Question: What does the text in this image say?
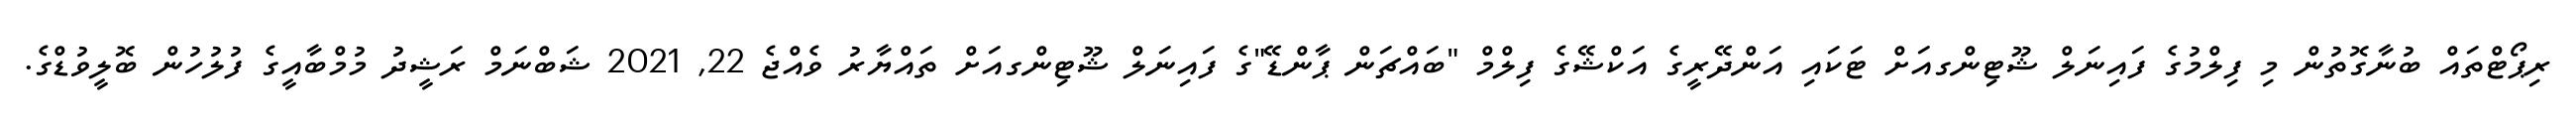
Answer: ރިޕޯޓްތައް ބުނާގޮތުން މި ފިލްމުގެ ފައިނަލް ޝޫޓިންގއަށް ޓަކައި އަންދޭރީގެ އަކްޝޭގެ ފިލްމް "ބައްޗަން ޕާންޑޭ"ގެ ފައިނަލް ޝޫޓިންގއަށް ތައްޔާރު ވެއްޖެ 22, 2021 ޝަބްނަމް ރަޝީދު މުމްބާއީގެ ފުލުހުން ބޮލީވުޑްގެ.